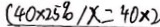
( 4 0 \times 2 5 \% ) x = 4 0 \times 2